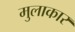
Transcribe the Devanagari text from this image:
मुलाकार